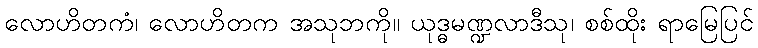
လောဟိတကံ၊ လောဟိတက အသုဘကို။ ယုဒ္ဓမဏ္ဍလာဒီသု၊ စစ်ထိုး ရာမြေပြင်